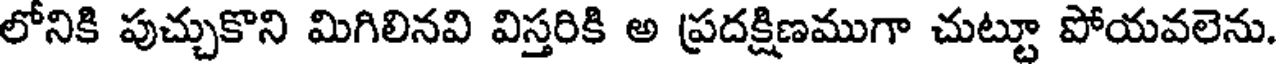
లోనికి పుచ్చుకొని మిగిలినవి విస్తరికి అ ప్రదక్షిణముగా చుట్టూ పోయవలెను.